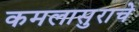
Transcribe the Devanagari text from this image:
कमलासुराचे